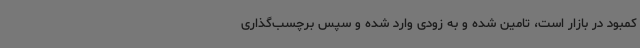
کمبود در بازار است، تامین شده و به زودی وارد شده و سپس برچسب‌گذاری